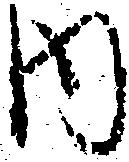
内